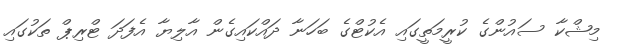
މިޝްކާ ސައުންގެ ކުރީމަތީގައި އެކުޓްގެ ބަހަނާ ދައްކައިގެން އާލިޔާ އެފަދަ ޓްރިޕް ތަކުގައި